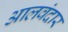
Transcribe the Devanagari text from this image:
आलवंदार